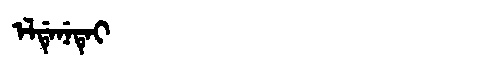
Manchu: ᡝᠯᡩᡝᠨᡝᡨᡝᡳ
Romanization: ELDENETEI